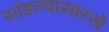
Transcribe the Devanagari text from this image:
सांडल्यासारखे